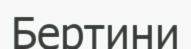
Бертини